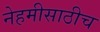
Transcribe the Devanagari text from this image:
नेहमीसाठीच